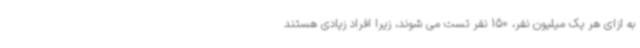
به ازای هر یک میلیون نفر، 150 نفر تست می شوند، زیرا افراد زیادی هستند